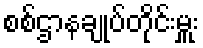
စစ်ဌာနချုပ်တိုင်းမှူး